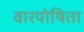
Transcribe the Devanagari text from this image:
वारयोषिता